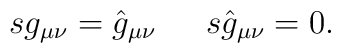
\begin{array}{ll}s g_{\mu\nu} = \hat{g}_{\mu\nu}  ~&~  s \hat{g}_{\mu\nu} = 0.\end{array}